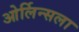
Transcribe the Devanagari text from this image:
ओर्लिन्सला